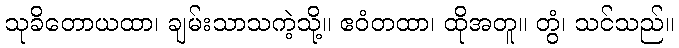
သုခိတောယထာ၊ ချမ်းသာသကဲ့သို့။ ဧဝံတထာ၊ ထိုအတူ။ တွံ၊ သင်သည်။